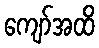
ကျော်အထိ